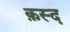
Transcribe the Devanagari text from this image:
क़स्द